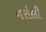
નરોલી